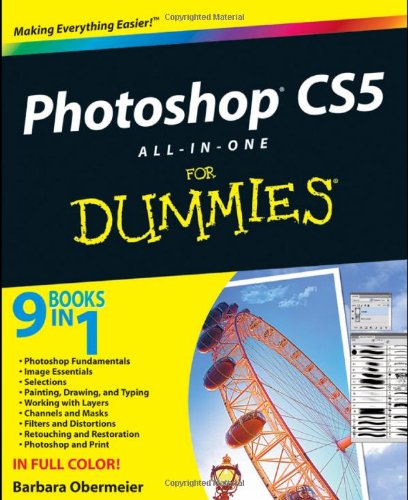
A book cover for Photoshop CS5 All-in-One For Dummies; Barbara Obermeier; Computers & Technology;